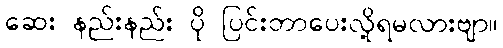
ဆေး နည်းနည်း ပို ပြင်းတာပေးလို့ရမလားဗျာ။